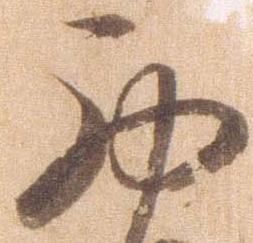
西